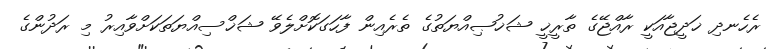
ރެހެނދި ޚަދީޖާއަކީ ރާއްޖޭގެ ތާރީޚީ ޝަޚުޞިއްޔަތުގެ ތެރެއިން ފާހަގަކޮށްލެވޭ ޝަޚްސިއްޔަތަކަށްވާއިރު މި ރަދުންގެ